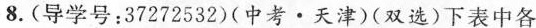
8.(导学号：37272532)(中考·天津)(双选)下表中各